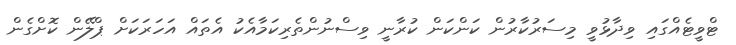
ޓްވީޓެއްގައި ވިދާޅުވީ މިސަރުކާރުން ކަންކަން ކުރާނީ ވިސްނުންތެރިކަމާއެކު އެތައް އަހަރަކަށް ޕްލޭން ކޮށްގެން